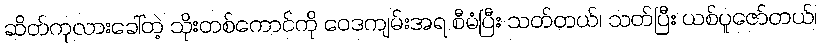
ဆိတ်ကုလားခေါ်တဲ့ သိုးတစ်ကောင်ကို ဝေဒကျမ်းအရ စီမံပြီး သတ်တယ်၊ သတ်ပြီး ယစ်ပူဇော်တယ်၊